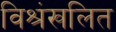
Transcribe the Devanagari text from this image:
विश्रंखलित